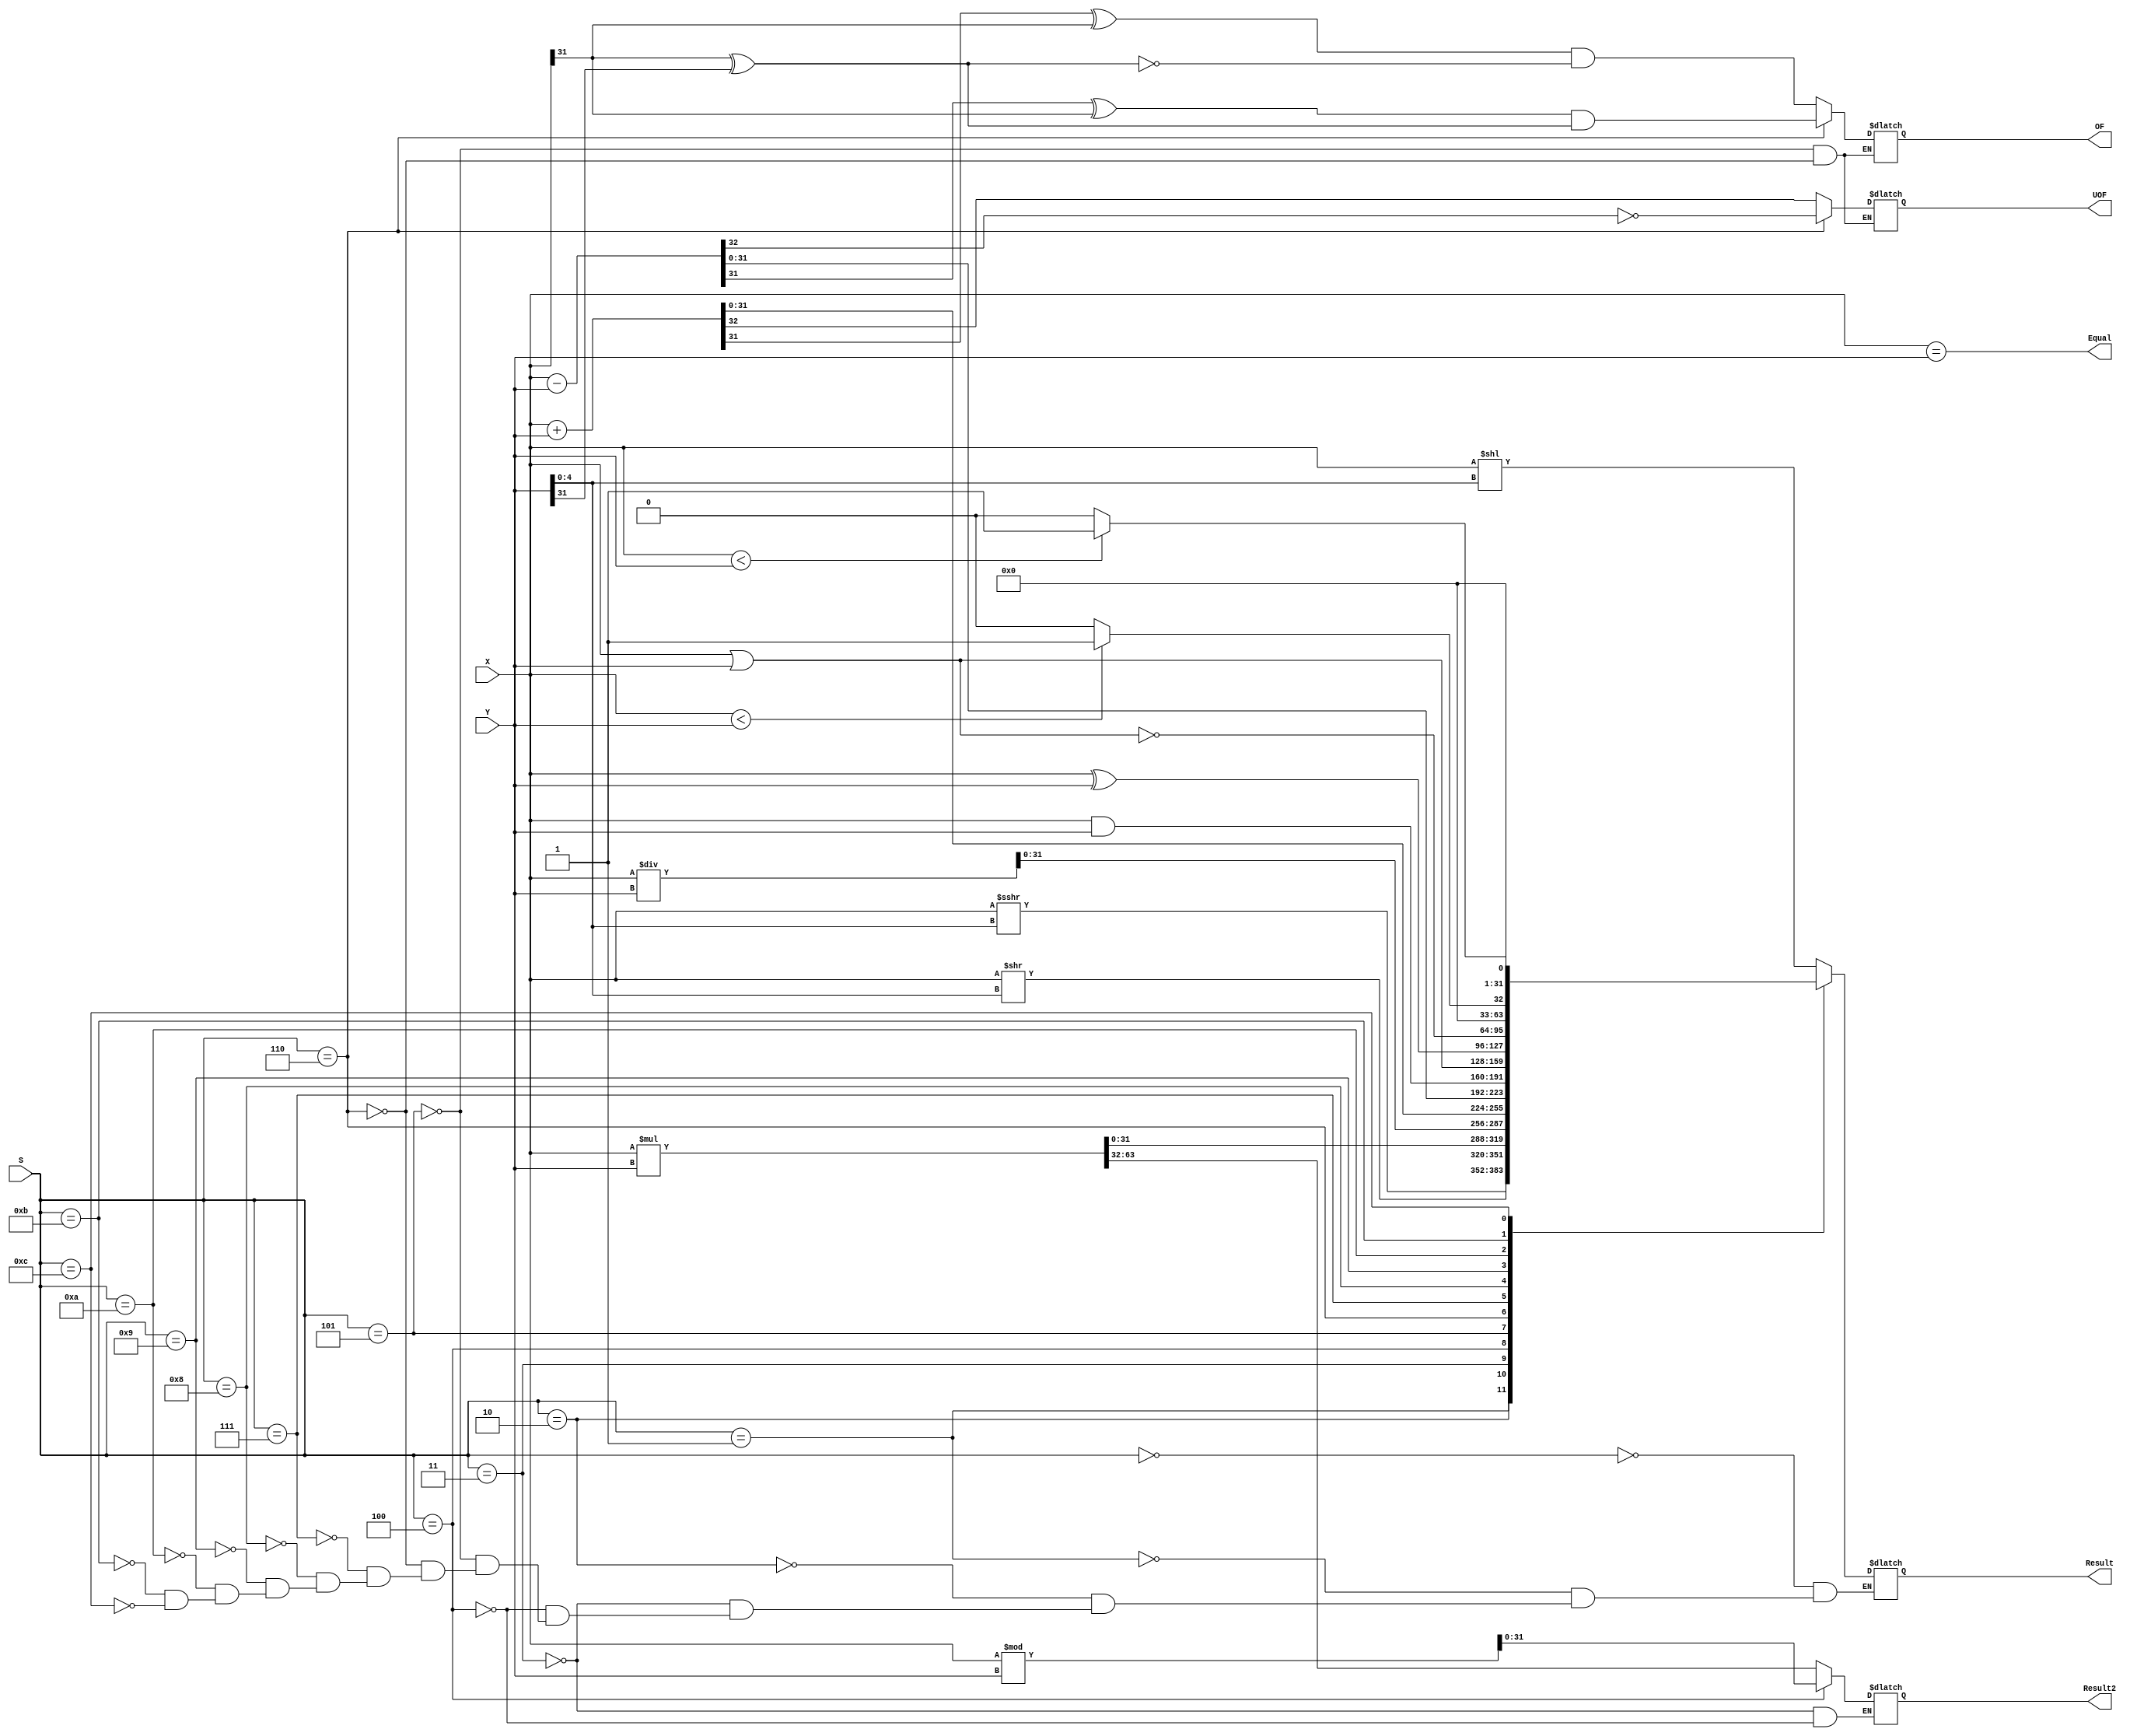
`timescale 1ns / 1ps
//////////////////////////////////////////////////////////////////////////////////
// Company: 
// Engineer: 
// 
// Design Name: 
// Module Name: ALU
// Project Name: 
// Target Devices: 
// Tool Versions: 
// Description: 
// 
// Dependencies: 
// 
// Revision:
// Revision 0.01 - File Created
// Additional Comments:
// 
//////////////////////////////////////////////////////////////////////////////////


module ALU(
    input [31:0] X,Y,
    input [3:0] S,
    output reg [31:0] Result,Result2,
    output reg OF,UOF,
    output Equal
    );
    
    reg sf;
    assign Equal = (X==Y);
    always@(X or Y or S)
    begin
        case (S)
            0: Result = X << Y[4:0];
            1: Result = $signed(X) >>> Y[4:0];
            2: Result = X >> Y[4:0];
            3: {Result2,Result} = X * Y;
            4: 
            begin 
                Result = {{32{1'b0}},X} / Y; 
                Result2 = {{32{1'b0}},X} % Y;
            end 
            5: 
            begin 
                {sf,Result} = X + Y;
                OF <= (Result[31] ^ X[31]) & (~(X[31] ^ Y[31]));
                UOF <= sf;
            end
            6: 
            begin
                {sf,Result} = X - Y;
                OF <= (Result[31] ^ X[31]) & ( X[31] ^ Y[31]);
                UOF <= ~sf;
            end
            7: Result = X & Y;
            8: Result = X | Y;
            9: Result = X ^ Y;
            10: Result = ~(X | Y);
            11: Result = ($signed(X) < $signed(Y))?1:0;
            12: Result = (X < Y)?1:0;
        endcase
    end 

endmodule